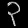
Digit: ၃